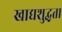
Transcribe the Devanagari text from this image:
खाद्यशुद्धता